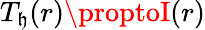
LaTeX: T_{\mathfrak{h}}(r)\proptoI(r)